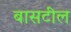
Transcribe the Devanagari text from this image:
बासटील